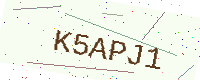
Text: K5APJ1